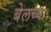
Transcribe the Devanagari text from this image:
बेलच्या